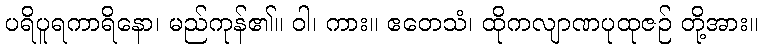
ပရိပူရကာရိနော၊ မည်ကုန်၏။ ဝါ၊ ကား။ ဧတေသံ၊ ထိုကလျာဏပုထုဇဉ် တို့အား။